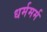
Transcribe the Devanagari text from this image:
धर्ममर्म